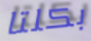
بكلتا